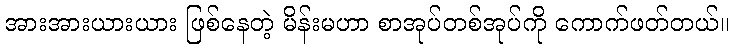
အားအားယားယား ဖြစ်နေတဲ့ မိန်းမဟာ စာအုပ်တစ်အုပ်ကို ကောက်ဖတ်တယ်။